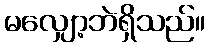
မလျှော့ဘဲရှိသည်။